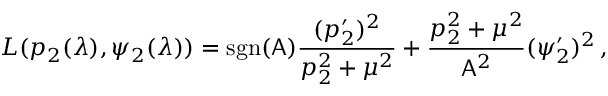
L ( p _ { 2 } ( \lambda ) , \psi _ { 2 } ( \lambda ) ) = \mathrm { s g n } ( \mathsf { A } ) \frac { ( p _ { 2 } ^ { \prime } ) ^ { 2 } } { p _ { 2 } ^ { 2 } + \mu ^ { 2 } } + \frac { p _ { 2 } ^ { 2 } + \mu ^ { 2 } } { \mathsf { A } ^ { 2 } } ( \psi _ { 2 } ^ { \prime } ) ^ { 2 } \, ,